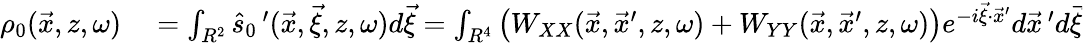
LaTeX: \begin{array}{rl}{\rho_{0}(\vec{x},z,\omega)}&{{}=\int_{R^{2}}\widehat{s}_{0}\, ^{\prime}(\vec{x},\vec{\xi},z,\omega)d\vec{\xi}=\int_{R^{4}}\left(W_{XX}(\vec{x},\vec{x}^{\prime},z,\omega)+W_{YY}(\vec{x},\vec{x}^{\prime},z,\omega)\right)e^{-i\vec{\xi}\cdot\vec{x}^{\prime}}d\vec{x}\, ^{\prime}d\vec{\xi}}\end{array}